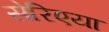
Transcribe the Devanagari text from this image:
सेरिएया